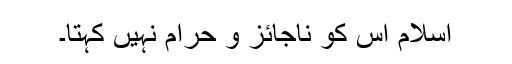
اسلام اس کو ناجائز و حرام نہیں کہتا۔